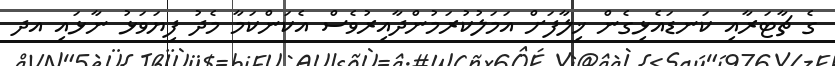
ގެ ޗާޓަރާއި ކަނޑައެޅިގެން ޚިލާފަށް އަމަލުކުރަމުންދާއިރުވެސް އެކަންކަމާ މެދު ފިޔަވަޅު ނާޅައި އދ